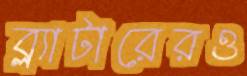
ব্ল্যাটারেরও